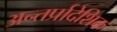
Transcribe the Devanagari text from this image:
अन्तर्प्रादेशिक